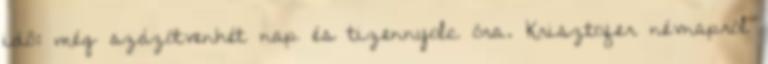
idő: még százötvenhét nap és tizennyolc óra. Krisztofer névnapról